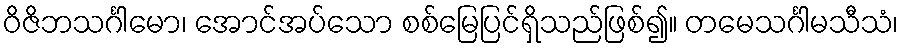
ဝိဇိဘသင်္ဂါမော၊ အောင်အပ်သော စစ်မြေပြင်ရှိသည်ဖြစ်၍။ တမေသင်္ဂါမသီသံ၊